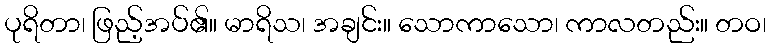
ပုရိတာ၊ ဖြည့်အပ်၏။ မာရိသ၊ အချင်း။ သောကာသော၊ ကာလတည်း။ တဝ၊